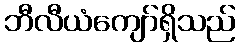
ဘီလီယံကျော်ရှိသည်